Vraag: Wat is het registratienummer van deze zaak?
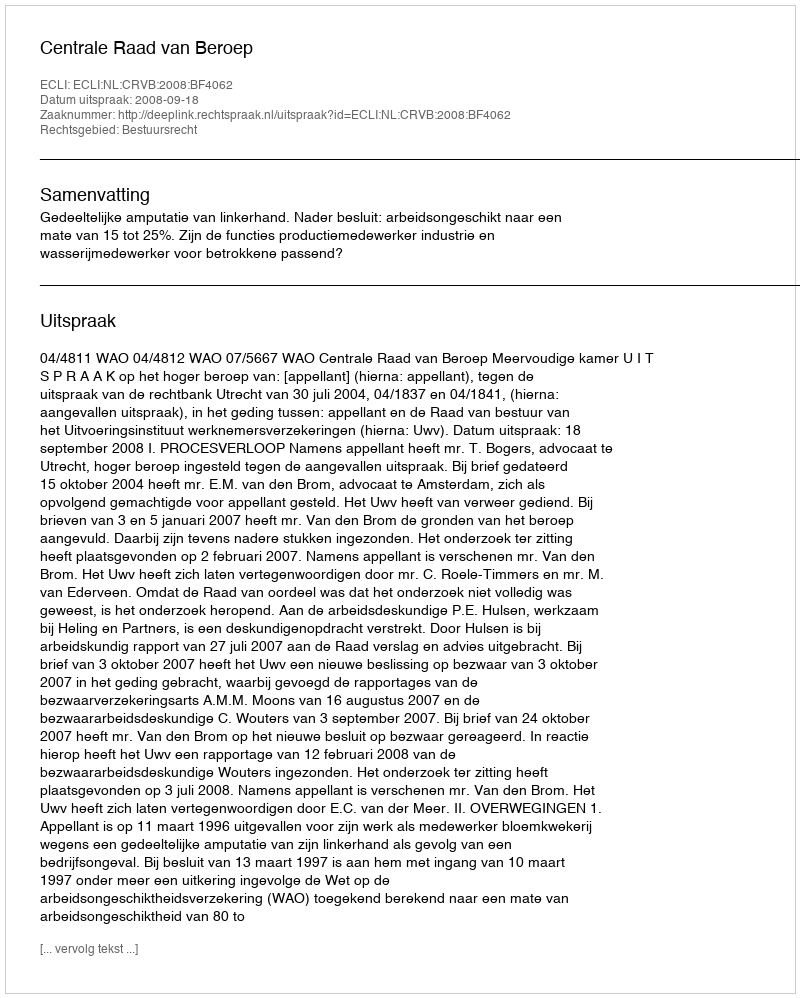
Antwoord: http://deeplink.rechtspraak.nl/uitspraak?id=ECLI:NL:CRVB:2008:BF4062